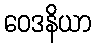
ဝေဒနိယာ